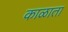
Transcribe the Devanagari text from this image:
काळाता